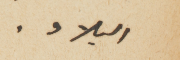
البلاد.